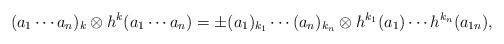
LaTeX: \begin{align*}(a_{1}\cdots a_{n})_{k}\otimes h^{k}(a_{1}\cdots a_{n})=\pm (a_{1})_{k_{1}}\cdots (a_{n})_{k_{n}}\otimes h^{k_{1}}(a_{1})\cdots h^{k_{n}}(a_{1n}),\end{align*}